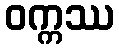
ဝက္ကဿ